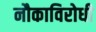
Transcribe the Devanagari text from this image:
नौकाविरोधी